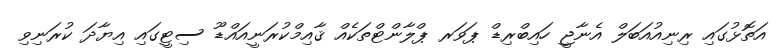
އަތޮޅުގައި ރިނިއުއަބަލް އެނާޖީ ހައިބްރިޑް ޕަވަރ ޕްލާންޓްތަކެއް ޤާއިމްކުރަނީއައްޑޫ ސިޓީގައި އިޔާދަ ކުރަނިވި